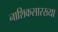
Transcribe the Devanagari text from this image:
नाशिकसारख्या